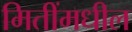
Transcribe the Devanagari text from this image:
मितींमधील